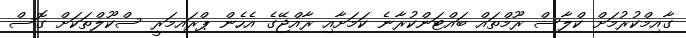
ގާއިމްކުރުމަށް ކްލާސް ރޫމްތައް ބައްޓަންކުރާނެ ކަމަށާއި ރާއްޖޭގެ އެހެން ޕްރައިމަރީ ސްކޫލްތަކަށް ގޮސް